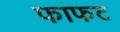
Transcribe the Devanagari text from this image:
फाफट